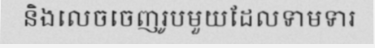
និងលេចចេញរូបមួយដែលទាមទារ